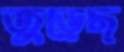
জুড়েছ